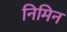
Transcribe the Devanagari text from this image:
निमिन